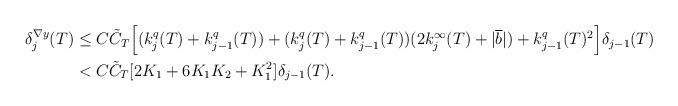
LaTeX: \begin{align*}\begin{aligned}\delta^{\nabla y}_{j}(T)&\leq C \tilde{C}_{T} \Big[(k^{q}_{j}(T)+k^{q}_{j-1}(T))+(k^{q}_{j}(T)+k^{q}_{j-1}(T))(2 k^{\infty}_{j}(T) + \lvert \overline{b} \rvert)+k^{q}_{j-1}(T)^2 \Big] \delta_{j-1}(T) \\&< C \tilde{C}_{T} [2 K_{1}+6 K_{1} K_{2}+ K_{1}^2] \delta_{j-1}(T).\end{aligned}\end{align*}